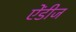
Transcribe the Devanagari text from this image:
ऐंडीज